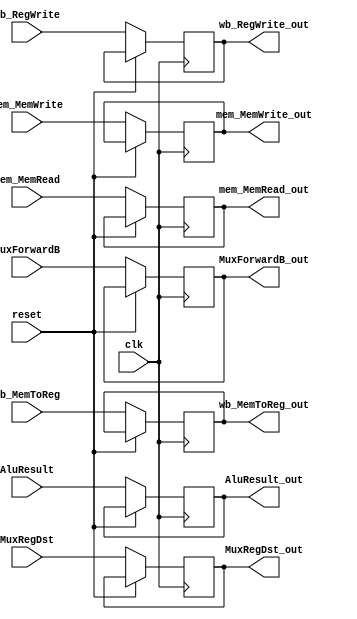
//prevent verilog from declaring undefined variables as wire,
//instead, it throws an error
`default_nettype none

module EXMEM (clk, reset,
		//inputs:
		wb_RegWrite, wb_MemToReg,
		mem_MemRead, mem_MemWrite,
		AluResult, MuxForwardB, MuxRegDst,
		//outpus:
		wb_RegWrite_out, wb_MemToReg_out,
		mem_MemRead_out, mem_MemWrite_out,
		AluResult_out, MuxForwardB_out, MuxRegDst_out);

//inputs:
input wire clk, reset;
input wire wb_RegWrite, wb_MemToReg,
	   mem_MemRead, mem_MemWrite;
input wire [31:0] AluResult, MuxForwardB;
input wire [4:0] MuxRegDst;
//outputs:
output reg wb_RegWrite_out, wb_MemToReg_out,
	   mem_MemRead_out, mem_MemWrite_out;
output reg [31:0] AluResult_out, MuxForwardB_out;
output reg [4:0] MuxRegDst_out;

always @(posedge clk) begin

if(!reset) begin
wb_RegWrite_out <= wb_RegWrite;
wb_MemToReg_out <= wb_MemToReg;
mem_MemRead_out <= mem_MemRead;
mem_MemWrite_out <= mem_MemWrite;

AluResult_out <= AluResult;
MuxForwardB_out <= MuxForwardB;
MuxRegDst_out <= MuxRegDst;
end //if
end //always

endmodule